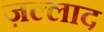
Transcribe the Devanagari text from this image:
ज़ल्लाद